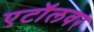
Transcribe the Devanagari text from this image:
एटॉलवर